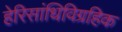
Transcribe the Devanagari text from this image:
हेरिसांधिविग्रहिक